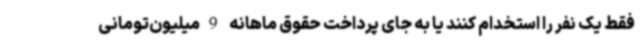
فقط یک نفر را استخدام کنند یا به جای پرداخت حقوق ماهانه 9میلیون‌تومانی